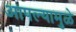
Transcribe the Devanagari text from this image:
आपल्यामुळे